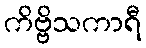
ကိဗ္ဗိသကာရီ